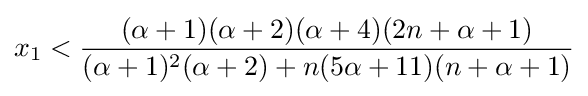
x_{1}<{\frac {(\alpha +1)(\alpha +2)(\alpha +4)(2n+\alpha +1)}{(\alpha +1)^{2}(\alpha +2)+n(5\alpha +11)(n+\alpha +1)}}